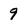
Character: 9